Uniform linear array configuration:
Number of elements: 12
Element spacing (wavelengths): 0.5
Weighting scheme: hamming
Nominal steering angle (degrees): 60
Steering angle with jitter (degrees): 58.871
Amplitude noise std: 0.05
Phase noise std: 0.05

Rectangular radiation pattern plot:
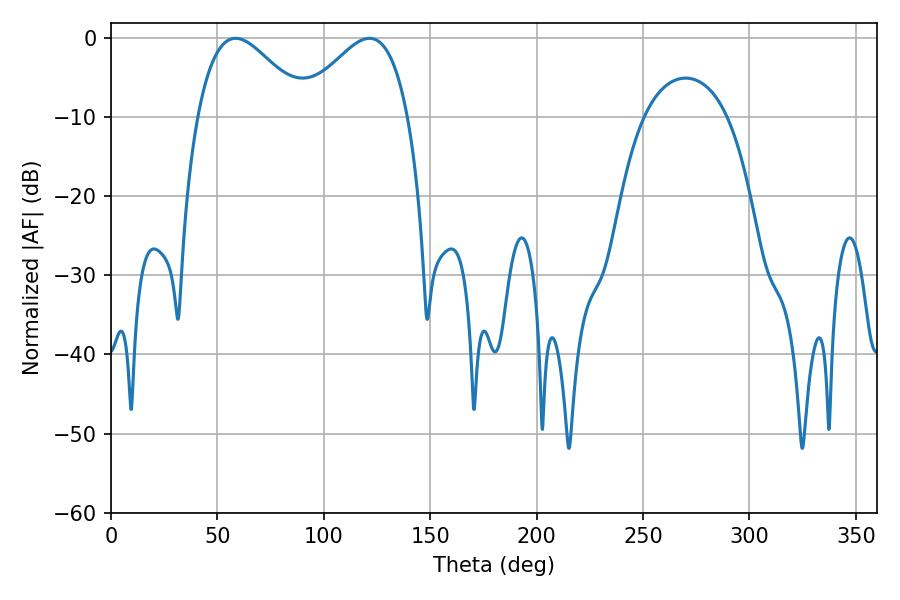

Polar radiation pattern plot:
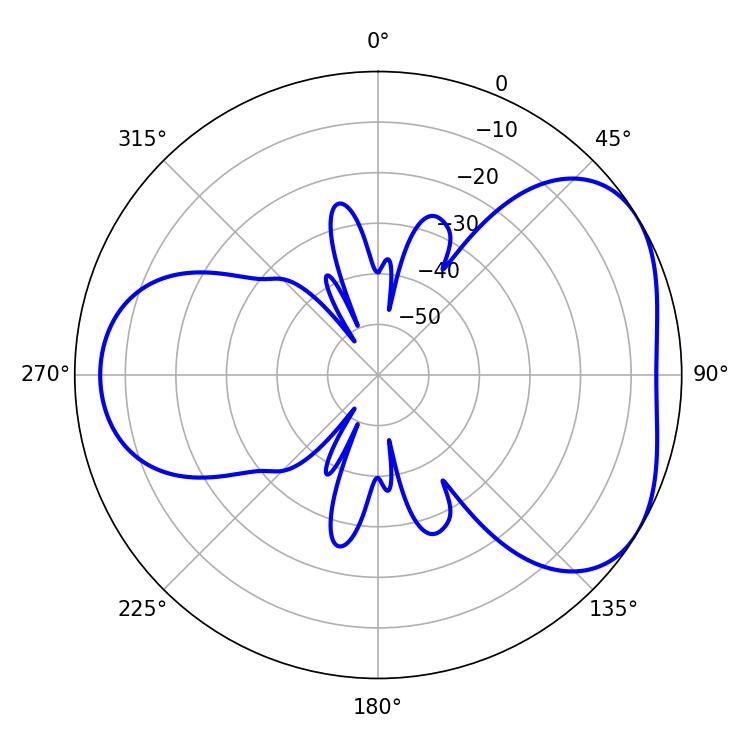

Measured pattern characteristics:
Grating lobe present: FALSE
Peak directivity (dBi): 4.348
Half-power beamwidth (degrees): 27.36
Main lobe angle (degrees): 58.5